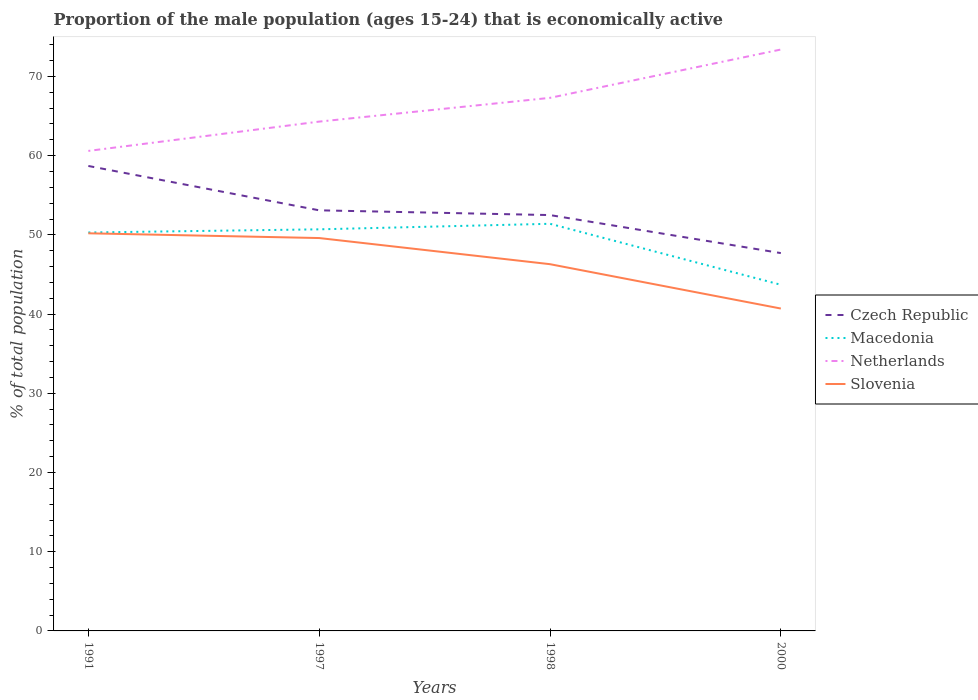
| Years | Czech Republic | Macedonia | Netherlands | Slovenia |
 | --- | --- | --- | --- | --- |
 | 1991 | 58.7 | 50.3 | 60.6 | 50.2 |
 | 1997 | 53.1 | 50.7 | 64.3 | 49.6 |
 | 1998 | 52.5 | 51.4 | 67.3 | 46.3 |
 | 2000 | 47.7 | 43.7 | 73.4 | 40.7 |